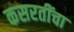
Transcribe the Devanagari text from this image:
कसरतींचा